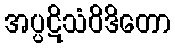
အပ္ပဋိသံဝိဒိတော